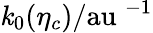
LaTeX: \mathit{k}_{0}(\eta_{c})/{\mathrm{{au}}}\; ^{-1}